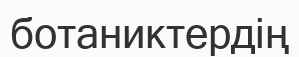
ботаниктердің